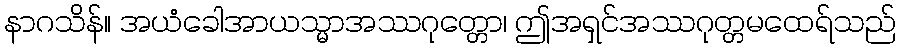
နာဂသိန်။ အယံခေါအာယသ္မာအဿဂုတ္တော၊ ဤအရှင်အဿဂုတ္တမထေရ်သည်